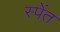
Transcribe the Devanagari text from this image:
स्पेंत